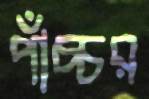
পাঁচ্চর